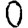
Digit: 0